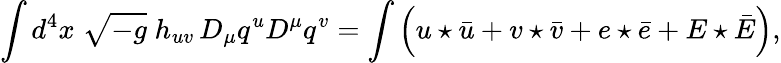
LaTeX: \int d^{4}x\; \sqrt{-g}\; h_{uv}\, D_{\mu}q^{u}D^{\mu}q^{v}=\int\left(u\star\bar{u}+v\star\bar{v}+e\star\bar{e}+E\star\bar{E}\right),